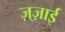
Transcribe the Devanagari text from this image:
ज़्ज़ाई